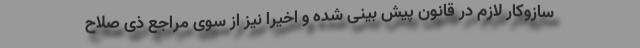
سازوکار لازم در قانون پیش بینی شده و اخیراً‌ نیز از سوی مراجع ذی صلاح